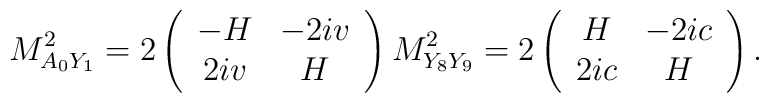
M^2_{A_0Y_1}=2\left(\begin{array}{cc}-H&  -2i v \\ 2i v & H\end{array}\right)M^2_{Y_8Y_9}=2\left(\begin{array}{cc}H&  -2 ic\\ 2 ic & H\end{array}\right).